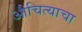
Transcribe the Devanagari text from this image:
औचित्याचा